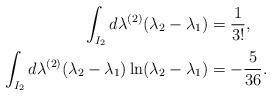
LaTeX: \begin{align*}\int_{I_2}d\lambda^{(2)}(\lambda_2-\lambda_1)&=\frac{1}{3!},\\ \int_{I_2}d\lambda^{(2)}(\lambda_2-\lambda_1)\ln(\lambda_2-\lambda_1)&=-\frac{5}{36}.\end{align*}